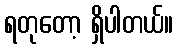
ရတုတော့ ရှိပါတယ်။